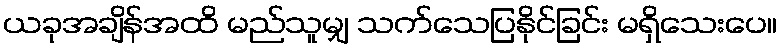
ယခုအချိန်အထိ မည်သူမျှ သက်သေပြနိုင်ခြင်း မရှိသေးပေ။